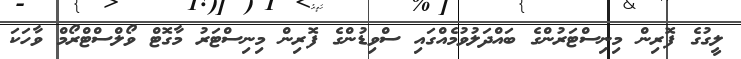
ލީގުގެ ފޮރިން މިނިސްޓަރުންގެ ބައްދަލުވުމެއްގައި ސްވިޑުންގެ ފޮރިން މިނިސްޓަރު މާގޮޓް ވޯލްްސްޓްރޯމް ވާހަކަ